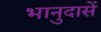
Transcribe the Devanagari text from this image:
भानुदासें